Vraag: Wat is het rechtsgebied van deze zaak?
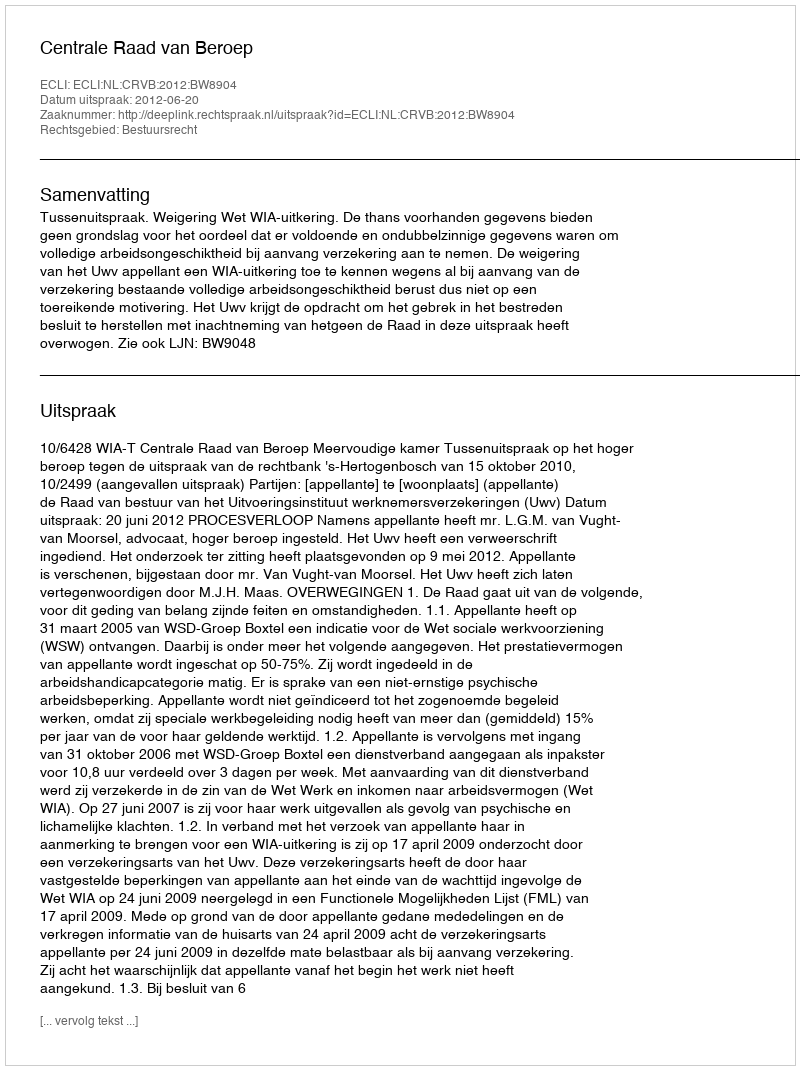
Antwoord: Bestuursrecht